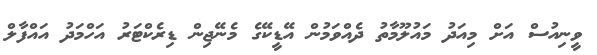
ވީނިއުސް އަށް މިއަދު މައުލޫމާތު ދެއްވަމުން އޭޑީކޭގެ މެނޭޖިން ޑިރެކްޓަރު އަހްމަދު އައްފާލް